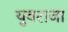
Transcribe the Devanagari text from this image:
युवराजा